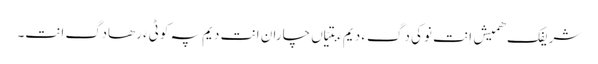
شریفک ھمیش اِنت نوکی دَگءِ دیم ءَ بَتیّاں چاران اِنت دیم پہ کوٹیءَ رھادگ اِنت۔